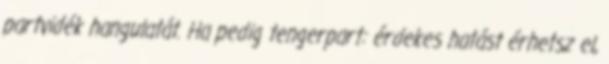
partvidék hangulatát. Ha pedig tengerpart: érdekes hatást érhetsz el,